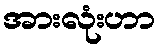
အားလုံးဟာ